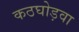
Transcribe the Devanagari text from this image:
कठघोड़वा